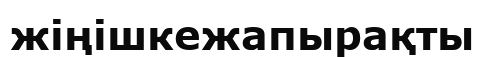
жіңішкежапырақты